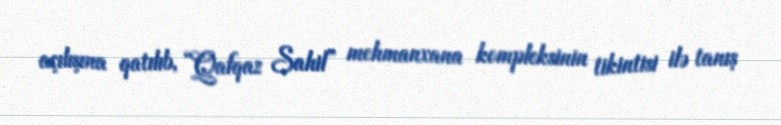
açılışına qatılıb, “Qafqaz Sahil” mehmanxana kompleksinin tikintisi ilə tanış